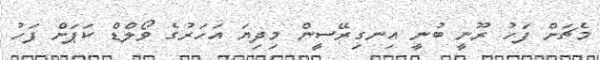
މެޗަށް ފަހު ރޫނީ ބުނީ އިނގިރޭސީން މިދިޔަ އަހަރުގެ ވޯލްޑް ކަޕަށް ފަހު